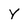
Character: y